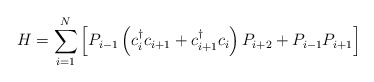
\begin{align*}H= \sum_{i=1}^N \left[P_{i-1} \left( c^\dagger_i c_{i+1} + c^\dagger_{i+1}c_i\right)P_{i+2} +P_{i-1}P_{i+1}\right] \end{align*}